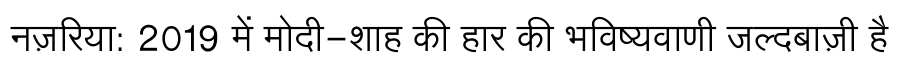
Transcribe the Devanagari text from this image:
नज़रिया: 2019 में मोदी-शाह की हार की भविष्यवाणी जल्दबाज़ी है